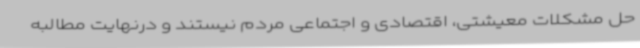
حل مشکلات معیشتی، اقتصادی و اجتماعی مردم نیستند و درنهایت مطالبه